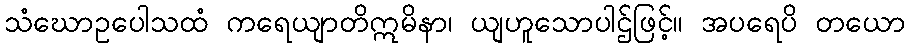
သံဃောဥပေါသထံ ကရေယျာတိဣမိနာ၊ ယျဟူသောပါဌ်ဖြင့်။ အပရေပိ တယော